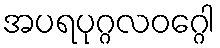
အပရပုဂ္ဂလဝဂ္ဂေါ